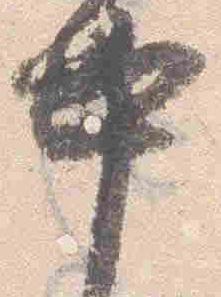
中